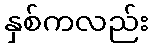
နှစ်ကလည်း